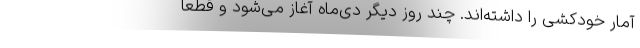
آمار خودکشی را داشته‌اند. چند روز دیگر دی‌ماه آغاز می‌شود و قطعاً